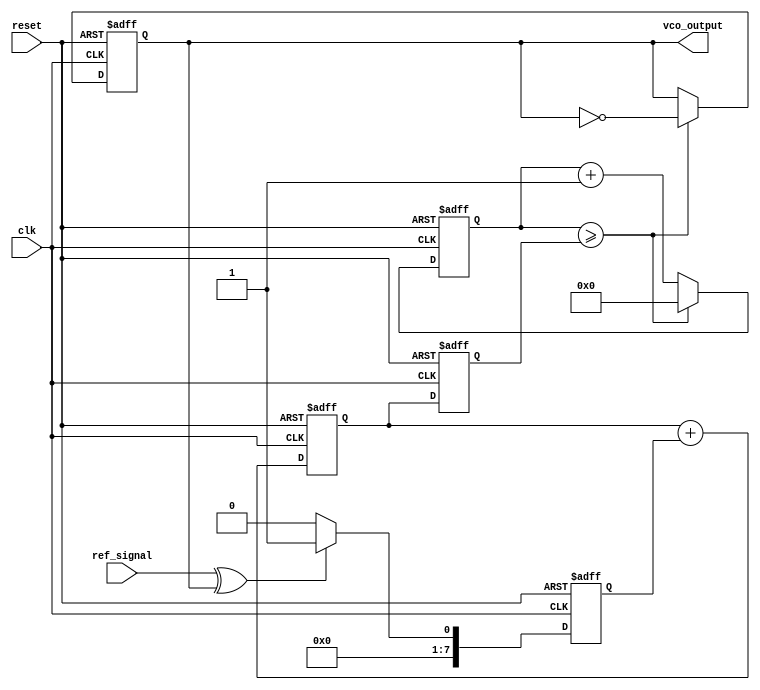
module PLL (
    input wire clk,               // System clock
    input wire reset,             // Reset signal
    input wire ref_signal,        // Reference signal
    output reg vco_output         // Output of the VCO
);

// Parameters
parameter MEMORY_SIZE = 16;     // Size of the memory block
parameter PHASE_ERROR_WIDTH = 8; // Width of phase error signal
parameter CONTROL_VOLTAGE_WIDTH = 8; // Width of control voltage signal

// Memory blocks
reg [PHASE_ERROR_WIDTH-1:0] phase_error_memory [0:MEMORY_SIZE-1];
reg [CONTROL_VOLTAGE_WIDTH-1:0] control_voltage_memory [0:MEMORY_SIZE-1];
integer mem_index;

// Phase Detector
reg [PHASE_ERROR_WIDTH-1:0] phase_error;

// Loop Filter
reg [CONTROL_VOLTAGE_WIDTH-1:0] control_voltage;
reg [CONTROL_VOLTAGE_WIDTH-1:0] filtered_voltage;

// VCO
reg [7:0] vco_frequency; // VCO frequency control
reg [7:0] vco_counter;   // VCO counter for output generation

// Phase Detector Logic
always @(posedge clk or posedge reset) begin
    if (reset) begin
        phase_error <= 0;
    end else begin
        // Simple phase comparison logic (for demonstration)
        phase_error <= (ref_signal ^ vco_output) ? 1 : 0; // Phase error signal
    end
end

// Loop Filter Logic (Simple Integrator)
always @(posedge clk or posedge reset) begin
    if (reset) begin
        control_voltage <= 0;
    end else begin
        // Simple low-pass filter (integrator)
        control_voltage <= control_voltage + phase_error;
    end
end

// Memory Block Logic
always @(posedge clk or posedge reset) begin
    if (reset) begin
        mem_index <= 0;
    end else begin
        // Store phase error and control voltage in memory
        phase_error_memory[mem_index] <= phase_error;
        control_voltage_memory[mem_index] <= control_voltage;
        mem_index <= (mem_index + 1) % MEMORY_SIZE; // Circular buffer
    end
end

// VCO Logic
always @(posedge clk or posedge reset) begin
    if (reset) begin
        vco_frequency <= 0;
        vco_counter <= 0;
        vco_output <= 0;
    end else begin
        // Update VCO frequency based on control voltage
        vco_frequency <= control_voltage; // Control voltage directly sets frequency
        // Generate VCO output signal
        vco_counter <= vco_counter + 1;
        if (vco_counter >= vco_frequency) begin
            vco_output <= ~vco_output; // Toggle output
            vco_counter <= 0; // Reset counter
        end
    end
end

endmodule